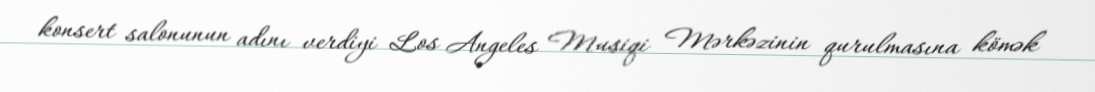
konsert salonunun adını verdiyi Los Angeles Musiqi Mərkəzinin qurulmasına kömək